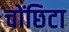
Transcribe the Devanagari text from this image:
चोंछिटा